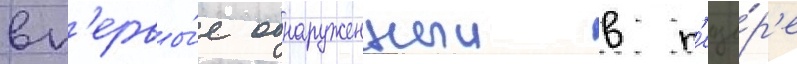
вп'ервы́е обнаруженныи в п'еще́р'е